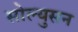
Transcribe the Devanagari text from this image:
सोल्युसन